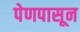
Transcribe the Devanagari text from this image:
पेणपासून